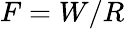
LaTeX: F=W/R